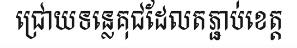
ជ្រោយទន្លេគុជដែលតភ្ជាប់ខេត្ត